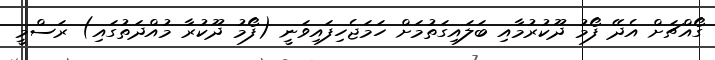
ގޯއްޗަށް އެދޭ ފޯމު ދޫކުރުމާއި ބަލައިގަތުމަށް ހަމަޖެހިފައިވަނީ (ފޯމު ދޫކުރާ މުއްދަތުގައި) ރަސްމީ